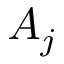
A _ { j }